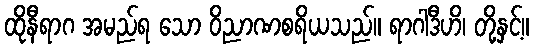
ထိုနီရာဂ အမည်ရ သော ဝိညာဏစရိယသည်။ ရာဂါဒီဟိ၊ တို့နှင့်။